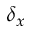
\delta _ { x }